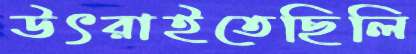
উৎরাইতেছিলি